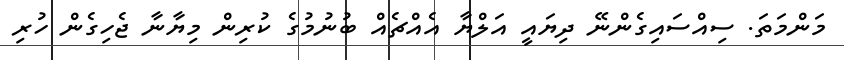
މަންމަތަ. ސިއްސައިގެންނޭ ދިޔައީ އަލްޔާ އެއްޗެއް ބުނުމުގެ ކުރިން މިޔާނާ ޖެހިގެން ހުރި